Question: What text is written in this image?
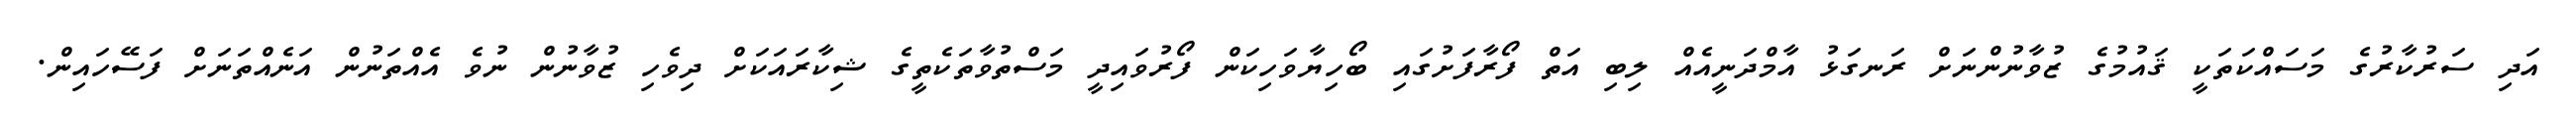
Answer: އަދި ސަރުކާރުގެ މަސައްކަތަކީ ޤައުމުގެ ޒުވާނުންނަށް ރަނގަޅު އާމްދަނީއެއް ލިބި އަތް ފޯރާފަށުގައި ބޯހިޔާވަހިކަން ފޯރުވައިދީ މަސްތުވާތަކެތީގެ ޝިކާރައަކަށް ދިވެހި ޒުވާނުން ނުވެ އެއްތަނުން އަނެއްތަނަށް ފަސޭހައިން.